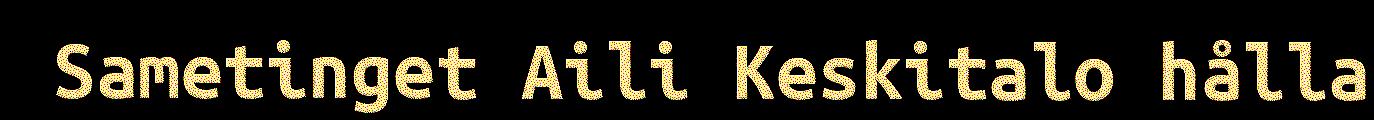
Sametinget Aili Keskitalo hålla